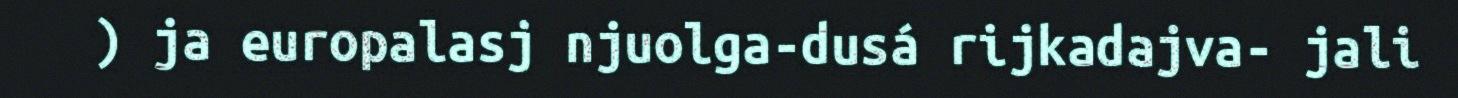
) ja europalasj njuolga-dusá rijkadajva- jali